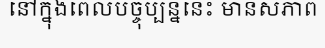
នៅក្នុងពេលបច្ចុប្បន្ននេះ មានសភាព